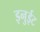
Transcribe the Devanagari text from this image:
इनुईट